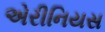
એરીનિયસ